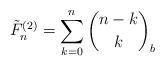
LaTeX: \begin{align*}\tilde{F}^{\left(2\right)}_{n} = \sum_{k=0}^{n} \binom{n-k}{k}_b\end{align*}